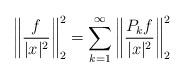
LaTeX: \begin{align*}\bigg\| \frac{f}{|x|^2}\bigg\|_2^2 = \sum_{k = 1}^\infty \bigg\| \frac{P_k f}{|x|^2} \bigg\|_{2}^2\end{align*}